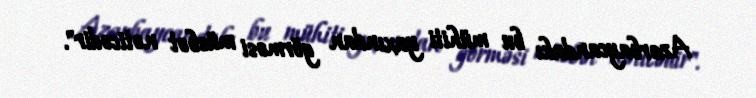
Azərbaycandakı bu mühiti yaxından görməsi müsbət nəticədir".